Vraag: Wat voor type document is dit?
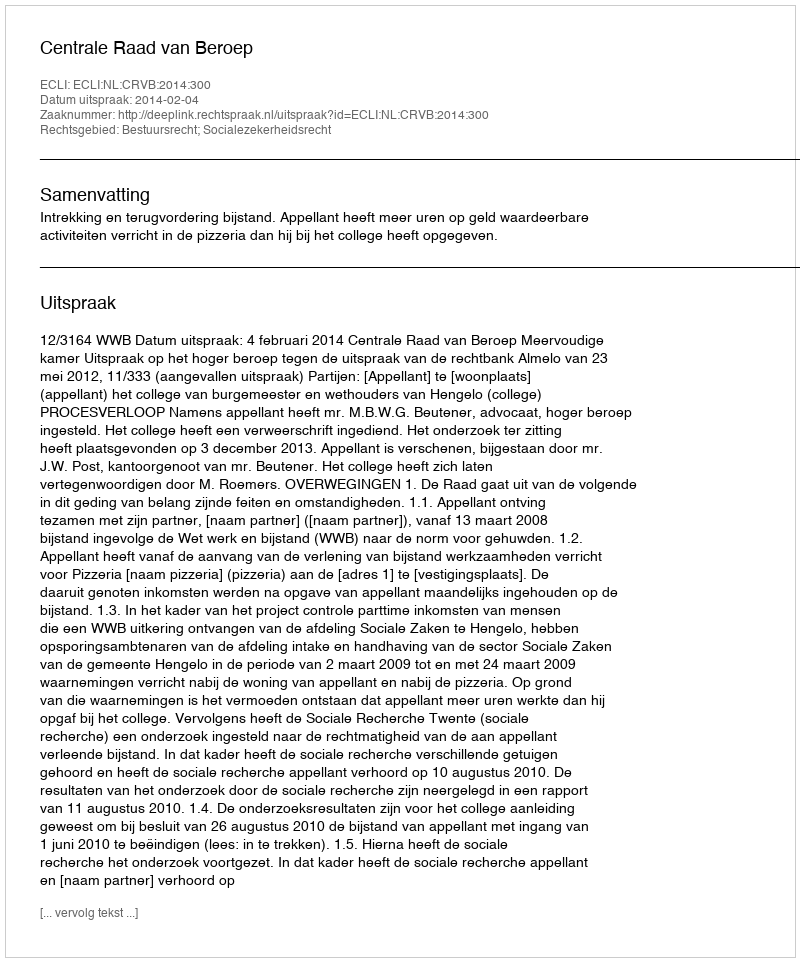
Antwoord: Uitspraak